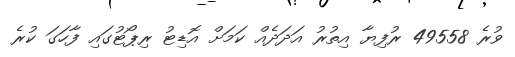
ވުރެ 49558 ރުފިޔާ އިތުރު އަދަދެއް ކަމަށް އޮޑިޓު ރިޕޯޓުގައި ފާހަގަ ކުރެ